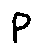
P